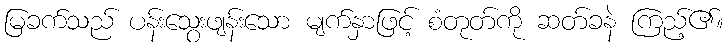
မြခက်သည် ပန်းသွေးဖျန်းသော မျက်နှာဖြင့် စံတုတ်ကို ဆတ်ခနဲ ကြည့်၏။